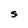
Character: S